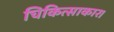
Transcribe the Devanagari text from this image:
चिकित्साकार।